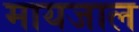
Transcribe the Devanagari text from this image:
मायजाल